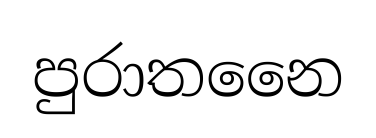
පුරාතනෛ